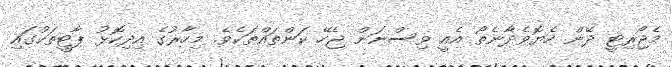
މެޖޯރިޓީ ދޭން ހެޔޮވެދާނެތޯ އެއީ ވިސްނަން ޖެހޭ ކަންތައްތަކެވެ. މިހާރުގެ އިދިކޮޅު ޕާޓީތަކުގައި